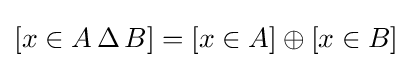
[x\in A\,\Delta \,B]=[x\in A]\oplus [x\in B]